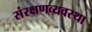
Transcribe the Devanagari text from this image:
संरक्षणव्यवस्था